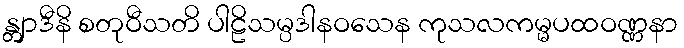
န္တျာဒီနိ စတုဝီသတိ ပါဠိသမ္ပဒါနဝသေန ကုသလကမ္မပထဝဏ္ဏနာ